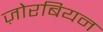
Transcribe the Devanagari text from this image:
ज़ोरबियन